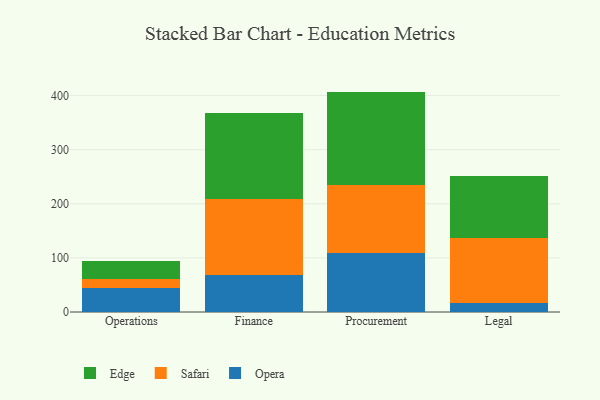
{"axis": {"x": "Department", "y": "Headcount"}, "legend": ["Edge", "Opera", "Safari"], "data": [{"x": "Operations", "y": 45.0, "type": "Opera"}, {"x": "Operations", "y": 16.4, "type": "Safari"}, {"x": "Operations", "y": 33.6, "type": "Edge"}, {"x": "Finance", "y": 67.8, "type": "Opera"}, {"x": "Finance", "y": 140.7, "type": "Safari"}, {"x": "Finance", "y": 158.8, "type": "Edge"}, {"x": "Procurement", "y": 108.9, "type": "Opera"}, {"x": "Procurement", "y": 126.4, "type": "Safari"}, {"x": "Procurement", "y": 172.0, "type": "Edge"}, {"x": "Legal", "y": 16.1, "type": "Opera"}, {"x": "Legal", "y": 120.7, "type": "Safari"}, {"x": "Legal", "y": 113.9, "type": "Edge"}]}